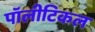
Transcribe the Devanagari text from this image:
पॉलीटिकल